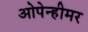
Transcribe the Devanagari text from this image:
ओपेन्हीमर